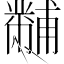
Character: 黼